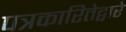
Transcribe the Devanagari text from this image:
पत्रकारितेद्वारे